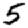
Digit: 5